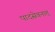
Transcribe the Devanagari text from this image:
पादसेवनात्